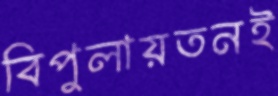
বিপুলায়তনই